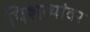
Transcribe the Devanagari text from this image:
पिशव्यांवर